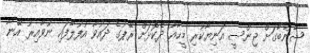
ޝާންބާގަށް ޖިންސީ އަނިޔާކުރި މީހާއާ ދެކޮޅަށް ރޭޕުގެ ދައުވާ އުފުލާފައި ނުވާއިރު އޭނާ